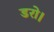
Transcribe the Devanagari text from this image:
डरो।